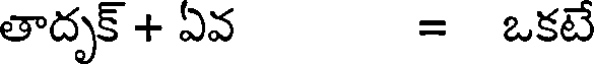
తాదృక్ + ఏవ = ఒకటే